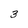
Character: 3